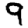
Digit: 9